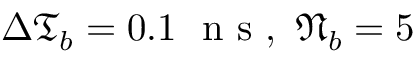
\Delta \mathfrak { T } _ { b } = 0 . 1 \ \mathrm { ~ n ~ s ~ } , \ \mathfrak { N } _ { b } = 5